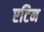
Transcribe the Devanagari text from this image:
एटिन